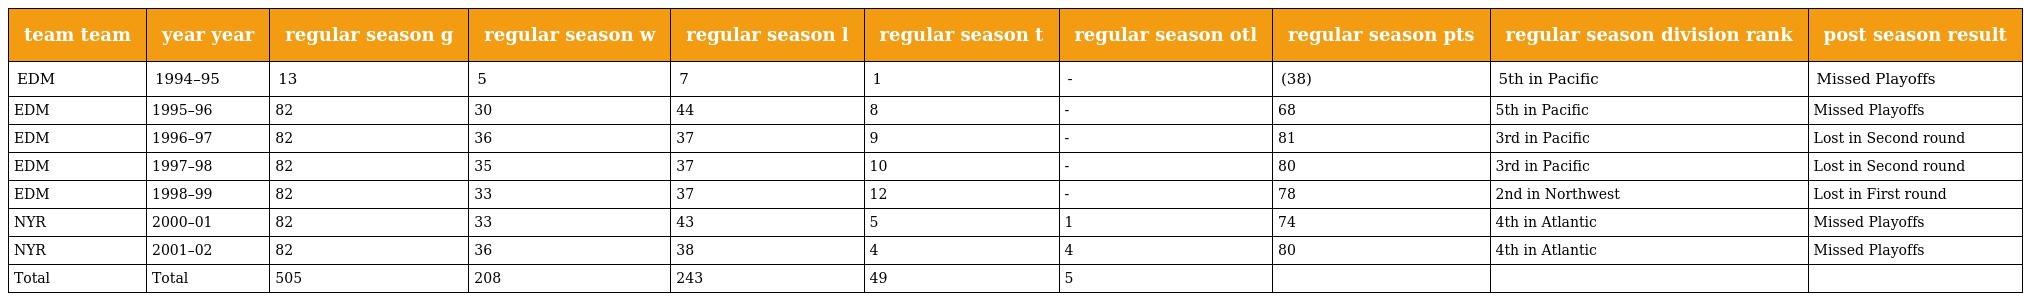
| team team | year year | regular season g | regular season w | regular season l | regular season t | regular season otl | regular season pts | regular season division rank | post season result |
 | --- | --- | --- | --- | --- | --- | --- | --- | --- | --- |
 | EDM | 1994–95 | 13 | 5 | 7 | 1 | - | (38) | 5th in Pacific | Missed Playoffs |
 | EDM | 1995–96 | 82 | 30 | 44 | 8 | - | 68 | 5th in Pacific | Missed Playoffs |
 | EDM | 1996–97 | 82 | 36 | 37 | 9 | - | 81 | 3rd in Pacific | Lost in Second round |
 | EDM | 1997–98 | 82 | 35 | 37 | 10 | - | 80 | 3rd in Pacific | Lost in Second round |
 | EDM | 1998–99 | 82 | 33 | 37 | 12 | - | 78 | 2nd in Northwest | Lost in First round |
 | NYR | 2000–01 | 82 | 33 | 43 | 5 | 1 | 74 | 4th in Atlantic | Missed Playoffs |
 | NYR | 2001–02 | 82 | 36 | 38 | 4 | 4 | 80 | 4th in Atlantic | Missed Playoffs |
 | Total | Total | 505 | 208 | 243 | 49 | 5 |  |  |  |